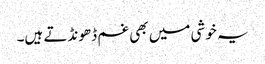
یہ خوشی میں بھی غم ڈھونڈتے ہیں۔